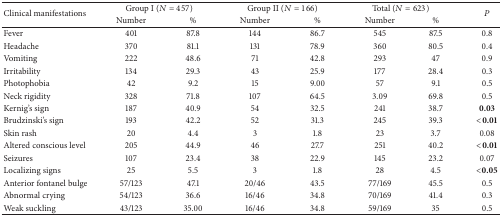
<table><thead><tr><td rowspan="2"><b>Clinical manifestations</b></td><td colspan="2"><b>Group I (<i>N</i> = 457)</b></td><td colspan="2"><b>Group II (<i>N</i> = 166)</b></td><td colspan="2"><b>Total (<i>N</i> = 623)</b></td><td rowspan="2"><b><i>P</i></b></td></tr><tr><td><b>Number </b></td><td><b>%</b></td><td><b>Number </b></td><td><b>%</b></td><td><b> Number </b></td><td><b>%</b></td></tr></thead><tbody><tr><td>Fever</td><td>401 </td><td>87.8</td><td>144 </td><td>86.7</td><td>545</td><td>87.5</td><td>0.8</td></tr><tr><td>Headache</td><td>370 </td><td>81.1</td><td>131 </td><td>78.9</td><td>360</td><td>80.5</td><td>0.4</td></tr><tr><td>Vomiting</td><td>222 </td><td>48.6</td><td>71 </td><td>42.8</td><td>293</td><td>47</td><td>0.9</td></tr><tr><td>Irritability</td><td>134 </td><td>29.3</td><td>43 </td><td>25.9</td><td>177</td><td>28.4</td><td>0.3</td></tr><tr><td>Photophobia</td><td>42 </td><td>9.2</td><td>15 </td><td>9.00</td><td>57</td><td>9.1</td><td>0.5</td></tr><tr><td>Neck rigidity</td><td>328 </td><td>71.8</td><td>107 </td><td>64.5</td><td>3.09</td><td>69.8</td><td>0.5</td></tr><tr><td>Kernig&#x27;s sign</td><td>187 </td><td>40.9</td><td>54 </td><td>32.5</td><td>241</td><td>38.7</td><td><b>0.03</b></td></tr><tr><td>Brudzinski&#x27;s sign</td><td>193 </td><td>42.2</td><td>52 </td><td>31.3</td><td>245</td><td>39.3</td><td><b>&lt;0.01</b></td></tr><tr><td>Skin rash</td><td>20 </td><td>4.4</td><td>3 </td><td>1.8</td><td>23</td><td>3.7</td><td>0.08</td></tr><tr><td>Altered conscious level</td><td>205 </td><td>44.9</td><td>46 </td><td>27.7</td><td>251</td><td>40.2</td><td><b>&lt;0.01</b></td></tr><tr><td>Seizures</td><td>107 </td><td>23.4</td><td>38 </td><td>22.9</td><td>145</td><td>23.2</td><td>0.07</td></tr><tr><td>Localizing signs</td><td>25 </td><td>5.5</td><td>3 </td><td>1.8</td><td>28</td><td>4.5</td><td><b>&lt;0.05</b></td></tr><tr><td>Anterior fontanel bulge</td><td>57/123 </td><td>47.1</td><td>20/46 </td><td>43.5</td><td>77/169</td><td>45.5</td><td>0.5</td></tr><tr><td>Abnormal crying</td><td>54/123 </td><td>36.6</td><td>16/46 </td><td>34.8</td><td>70/169</td><td>41.4</td><td>0.3</td></tr><tr><td>Weak suckling</td><td>43/123 </td><td>35.00</td><td>16/46 </td><td>34.8</td><td>59/169</td><td>35</td><td>0.5</td></tr></tbody></table>